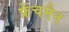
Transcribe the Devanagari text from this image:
फ्रेंचमैन